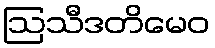
ဩသီဒတိမေဝ